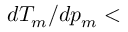
d T _ { m } / d p _ { m } <